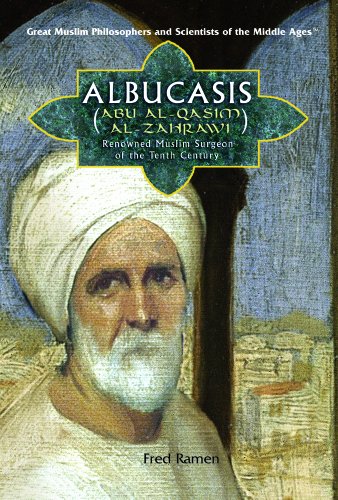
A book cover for Albucasis (Abu Al-Qasim Al-Zahrawi): Renowned Muslim Surgeon of the Tenth Century (Great Muslim Philosophers and Scientists of the Middle Ages); Fred Ramen; Teen & Young Adult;